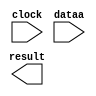
// megafunction wizard: %LPM_MULT%VBB%
// GENERATION: STANDARD
// VERSION: WM1.0
// MODULE: altsquare 

// ============================================================
// Megafunction Name(s):
// 			altsquare
//
// Simulation Library Files(s):
// 			altera_mf
// ============================================================
// ************************************************************
// THIS IS A WIZARD-GENERATED FILE. DO NOT EDIT THIS FILE!
//
// 12.1 Build 177 11/07/2012 SJ Full Version
// ************************************************************

//Copyright (C) 1991-2012 Altera Corporation
//Your use of Altera Corporation's design tools, logic functions 
//and other software and tools, and its AMPP partner logic 
//functions, and any output files from any of the foregoing 
//(including device programming or simulation files), and any 
//associated documentation or information are expressly subject 
//to the terms and conditions of the Altera Program License 
//Subscription Agreement, Altera MegaCore Function License 
//Agreement, or other applicable license agreement, including, 
//without limitation, that your use is for the sole purpose of 
//programming logic devices manufactured by Altera and sold by 
//Altera or its authorized distributors.  Please refer to the 
//applicable agreement for further details.

module mult18_18 (
	clock,
	dataa,
	result);

	input	  clock;
	input	[17:0]  dataa;
	output	[35:0]  result;

endmodule

// ============================================================
// CNX file retrieval info
// ============================================================
// Retrieval info: PRIVATE: AutoSizeResult NUMERIC "1"
// Retrieval info: PRIVATE: B_isConstant NUMERIC "0"
// Retrieval info: PRIVATE: ConstantB NUMERIC "0"
// Retrieval info: PRIVATE: INTENDED_DEVICE_FAMILY STRING "Cyclone IV E"
// Retrieval info: PRIVATE: LPM_PIPELINE NUMERIC "1"
// Retrieval info: PRIVATE: Latency NUMERIC "1"
// Retrieval info: PRIVATE: SYNTH_WRAPPER_GEN_POSTFIX STRING "0"
// Retrieval info: PRIVATE: SignedMult NUMERIC "1"
// Retrieval info: PRIVATE: USE_MULT NUMERIC "0"
// Retrieval info: PRIVATE: ValidConstant NUMERIC "0"
// Retrieval info: PRIVATE: WidthA NUMERIC "18"
// Retrieval info: PRIVATE: WidthB NUMERIC "18"
// Retrieval info: PRIVATE: WidthP NUMERIC "36"
// Retrieval info: PRIVATE: aclr NUMERIC "0"
// Retrieval info: PRIVATE: clken NUMERIC "0"
// Retrieval info: PRIVATE: new_diagram STRING "1"
// Retrieval info: PRIVATE: optimize NUMERIC "0"
// Retrieval info: LIBRARY: lpm lpm.lpm_components.all
// Retrieval info: CONSTANT: DATA_WIDTH NUMERIC "18"
// Retrieval info: CONSTANT: LPM_TYPE STRING "ALTSQUARE"
// Retrieval info: CONSTANT: PIPELINE NUMERIC "1"
// Retrieval info: CONSTANT: REPRESENTATION STRING "SIGNED"
// Retrieval info: CONSTANT: RESULT_WIDTH NUMERIC "36"
// Retrieval info: USED_PORT: clock 0 0 0 0 INPUT NODEFVAL "clock"
// Retrieval info: USED_PORT: dataa 0 0 18 0 INPUT NODEFVAL "dataa[17..0]"
// Retrieval info: USED_PORT: result 0 0 36 0 OUTPUT NODEFVAL "result[35..0]"
// Retrieval info: CONNECT: @clock 0 0 0 0 clock 0 0 0 0
// Retrieval info: CONNECT: @data 0 0 18 0 dataa 0 0 18 0
// Retrieval info: CONNECT: result 0 0 36 0 @result 0 0 36 0
// Retrieval info: GEN_FILE: TYPE_NORMAL mult18_18.v TRUE
// Retrieval info: GEN_FILE: TYPE_NORMAL mult18_18.inc FALSE
// Retrieval info: GEN_FILE: TYPE_NORMAL mult18_18.cmp FALSE
// Retrieval info: GEN_FILE: TYPE_NORMAL mult18_18.bsf FALSE
// Retrieval info: GEN_FILE: TYPE_NORMAL mult18_18_inst.v FALSE
// Retrieval info: GEN_FILE: TYPE_NORMAL mult18_18_bb.v TRUE
// Retrieval info: LIB_FILE: altera_mf